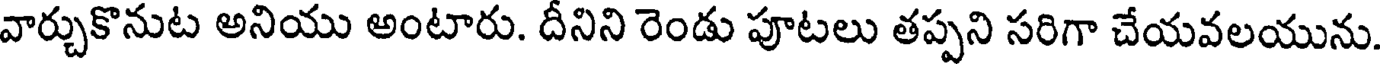
వార్చుకొనుట అనియు అంటారు. దీనిని రెండు పూటలు తప్పని సరిగా చేయవలయును